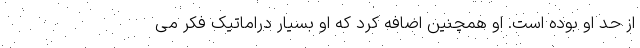
از حد او بوده است. او همچنین اضافه کرد که او بسیار دراماتیک فکر می